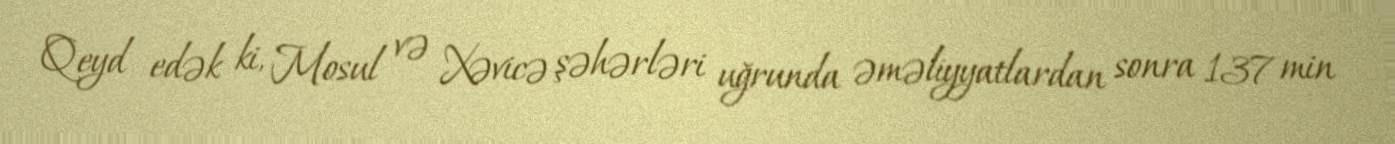
Qeyd edək ki, Mosul və Xəvicə şəhərləri uğrunda əməliyyatlardan sonra 137 min